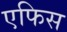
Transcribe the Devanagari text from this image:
एफिस